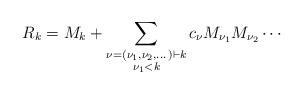
LaTeX: \begin{align*} R_k = M_k+\sum_{\substack{\nu=(\nu_1,\nu_2,\dots) \vdash k \\ \nu_1<k}}c_\nu M_{\nu_1}M_{\nu_2} \cdots\end{align*}